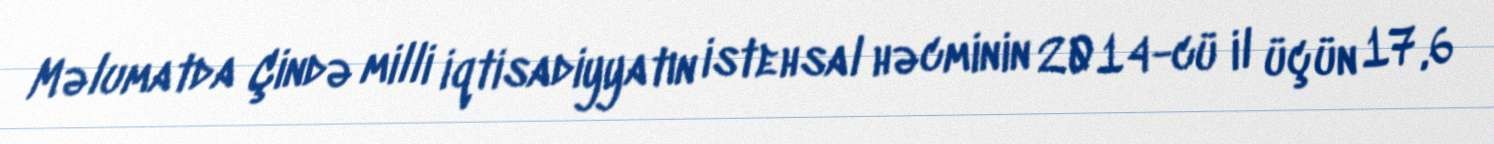
Məlumatda Çində milli iqtisadiyyatın istehsal həcminin 2014-cü il üçün 17,6